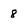
Character: 8